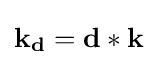
\mathbf {k_{d}} =\mathbf {d} \ast \mathbf {k}